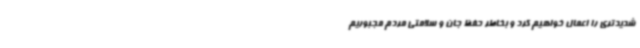
شدیدتری را اعمال خواهیم کرد و بخاطر حفظ جان و سلامتی مردم مجبوریم